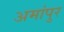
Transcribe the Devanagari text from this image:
अमांपुर